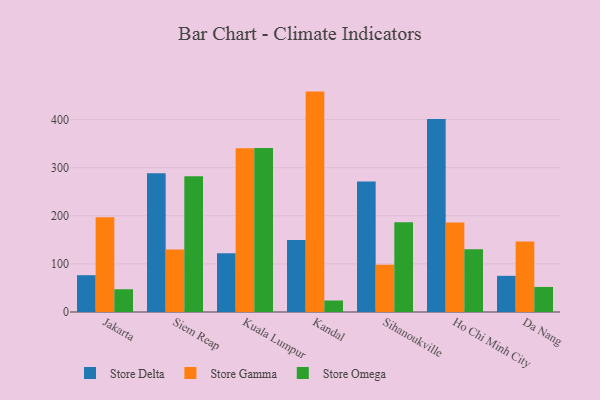
{"axis": {"x": "City", "y": "Operating Costs (USD K)"}, "legend": ["Store Delta", "Store Gamma", "Store Omega"], "data": [{"x": "Jakarta", "y": 76.5, "type": "Store Delta"}, {"x": "Jakarta", "y": 196.9, "type": "Store Gamma"}, {"x": "Jakarta", "y": 47.3, "type": "Store Omega"}, {"x": "Siem Reap", "y": 288.2, "type": "Store Delta"}, {"x": "Siem Reap", "y": 129.7, "type": "Store Gamma"}, {"x": "Siem Reap", "y": 282.1, "type": "Store Omega"}, {"x": "Kuala Lumpur", "y": 122.0, "type": "Store Delta"}, {"x": "Kuala Lumpur", "y": 340.4, "type": "Store Gamma"}, {"x": "Kuala Lumpur", "y": 340.8, "type": "Store Omega"}, {"x": "Kandal", "y": 149.9, "type": "Store Delta"}, {"x": "Kandal", "y": 458.2, "type": "Store Gamma"}, {"x": "Kandal", "y": 23.9, "type": "Store Omega"}, {"x": "Sihanoukville", "y": 271.2, "type": "Store Delta"}, {"x": "Sihanoukville", "y": 98.3, "type": "Store Gamma"}, {"x": "Sihanoukville", "y": 186.6, "type": "Store Omega"}, {"x": "Ho Chi Minh City", "y": 401.3, "type": "Store Delta"}, {"x": "Ho Chi Minh City", "y": 186.2, "type": "Store Gamma"}, {"x": "Ho Chi Minh City", "y": 130.5, "type": "Store Omega"}, {"x": "Da Nang", "y": 75.2, "type": "Store Delta"}, {"x": "Da Nang", "y": 146.5, "type": "Store Gamma"}, {"x": "Da Nang", "y": 52.1, "type": "Store Omega"}]}